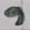
Text: 9